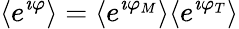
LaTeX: \langle e^{\imath\varphi}\rangle=\langle e^{\imath\varphi_{M}}\rangle\langle e^{\imath\varphi_{T}}\rangle